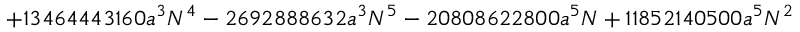
+ 1 3 4 6 4 4 4 3 1 6 0 a ^ { 3 } N ^ { 4 } - 2 6 9 2 8 8 8 6 3 2 a ^ { 3 } N ^ { 5 } - 2 0 8 0 8 6 2 2 8 0 0 a ^ { 5 } N + 1 1 8 5 2 1 4 0 5 0 0 a ^ { 5 } N ^ { 2 }